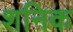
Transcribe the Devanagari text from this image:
शनिक